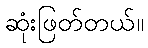
ဆုံးဖြတ်တယ်။